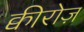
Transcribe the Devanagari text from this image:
क्वीरोज़